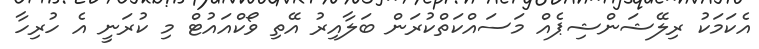
އެކަމަކު ރިލޭޝަންޝިޕެއް މަސައްކަތްކުރަން ބަލާއިރު އޭތި ވޯކްއައުޓް މި ކުރަނީ އެ ހުރިހާ